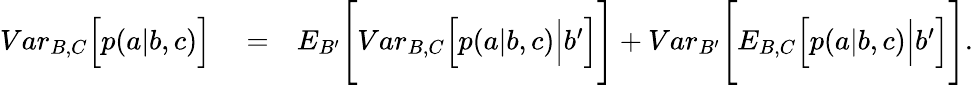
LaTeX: \begin{array}{rlr}{{Var}_{B,C}\Big[p(a|b,c)\Big]}&{{}=}&{{E}_{B^{\prime}}\Bigg[{Var}_{B,C}\Big[p(a|b,c)\Big|b^{\prime}\Big]\Bigg]+{Var}_{B^{\prime}}\Bigg[{E}_{B,C}\Big[p(a|b,c)\Big|b^{\prime}\Big]\Bigg].}\end{array}